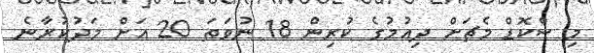
މި ސްކޮޑް މެޗަށް ދިއުމުގެ ކުރިން 18 ނުވަތަ 20 އަށް މަދުކުރާނެ